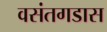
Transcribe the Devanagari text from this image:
वसंतगडास